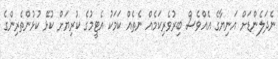
ނެދަލެންޑަށް އަނިޔާގެ އެއްވެސް ބިރުވެރިކަމެއް ނެތެއް ކަމަކު އެޓީމުގެ ކުރިޔަށް ކުޅޭ ކުޅުންތެރިންގެ